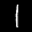
Label: 1